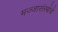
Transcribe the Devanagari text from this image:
मज्जासंस्थेचे